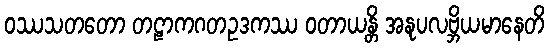
ဝဿသတတော တဠာကဂတဥဒကဿ ဝတာယန္တိ အနုပလဗ္ဘိယမာနေတိ